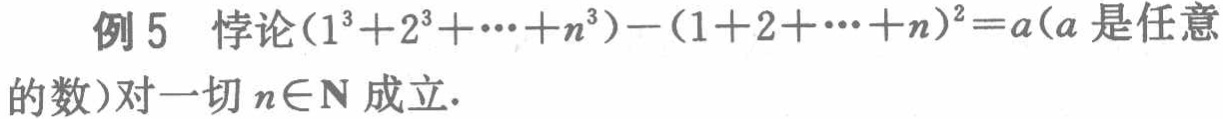
例5 悖论\((1^{3}+2^{3}+\cdots +n^{3})-(1 + 2+\cdots +n)^{2}=a\)（\(a\)是任意的数）对一切\(n\in\mathbf{N}\)成立.